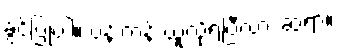
ခွင့်ပြုပါ။ ပန်းကန် ယူလို့ရပြီလား ဆရာ။